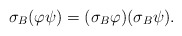
\begin{align*} \sigma_{B}(\varphi\psi)=(\sigma_{B}\varphi)(\sigma_{B}\psi). \end{align*}